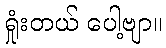
ရှုံးတယ် ပေါ့ဗျာ။